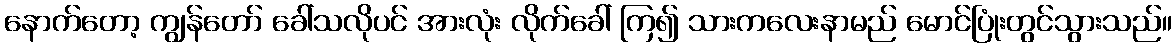
နောက်တော့ ကျွန်တော် ခေါ်သလိုပင် အားလုံး လိုက်ခေါ် ကြ၍ သားကလေးနာမည် မောင်ပြုံးတွင်သွားသည်။